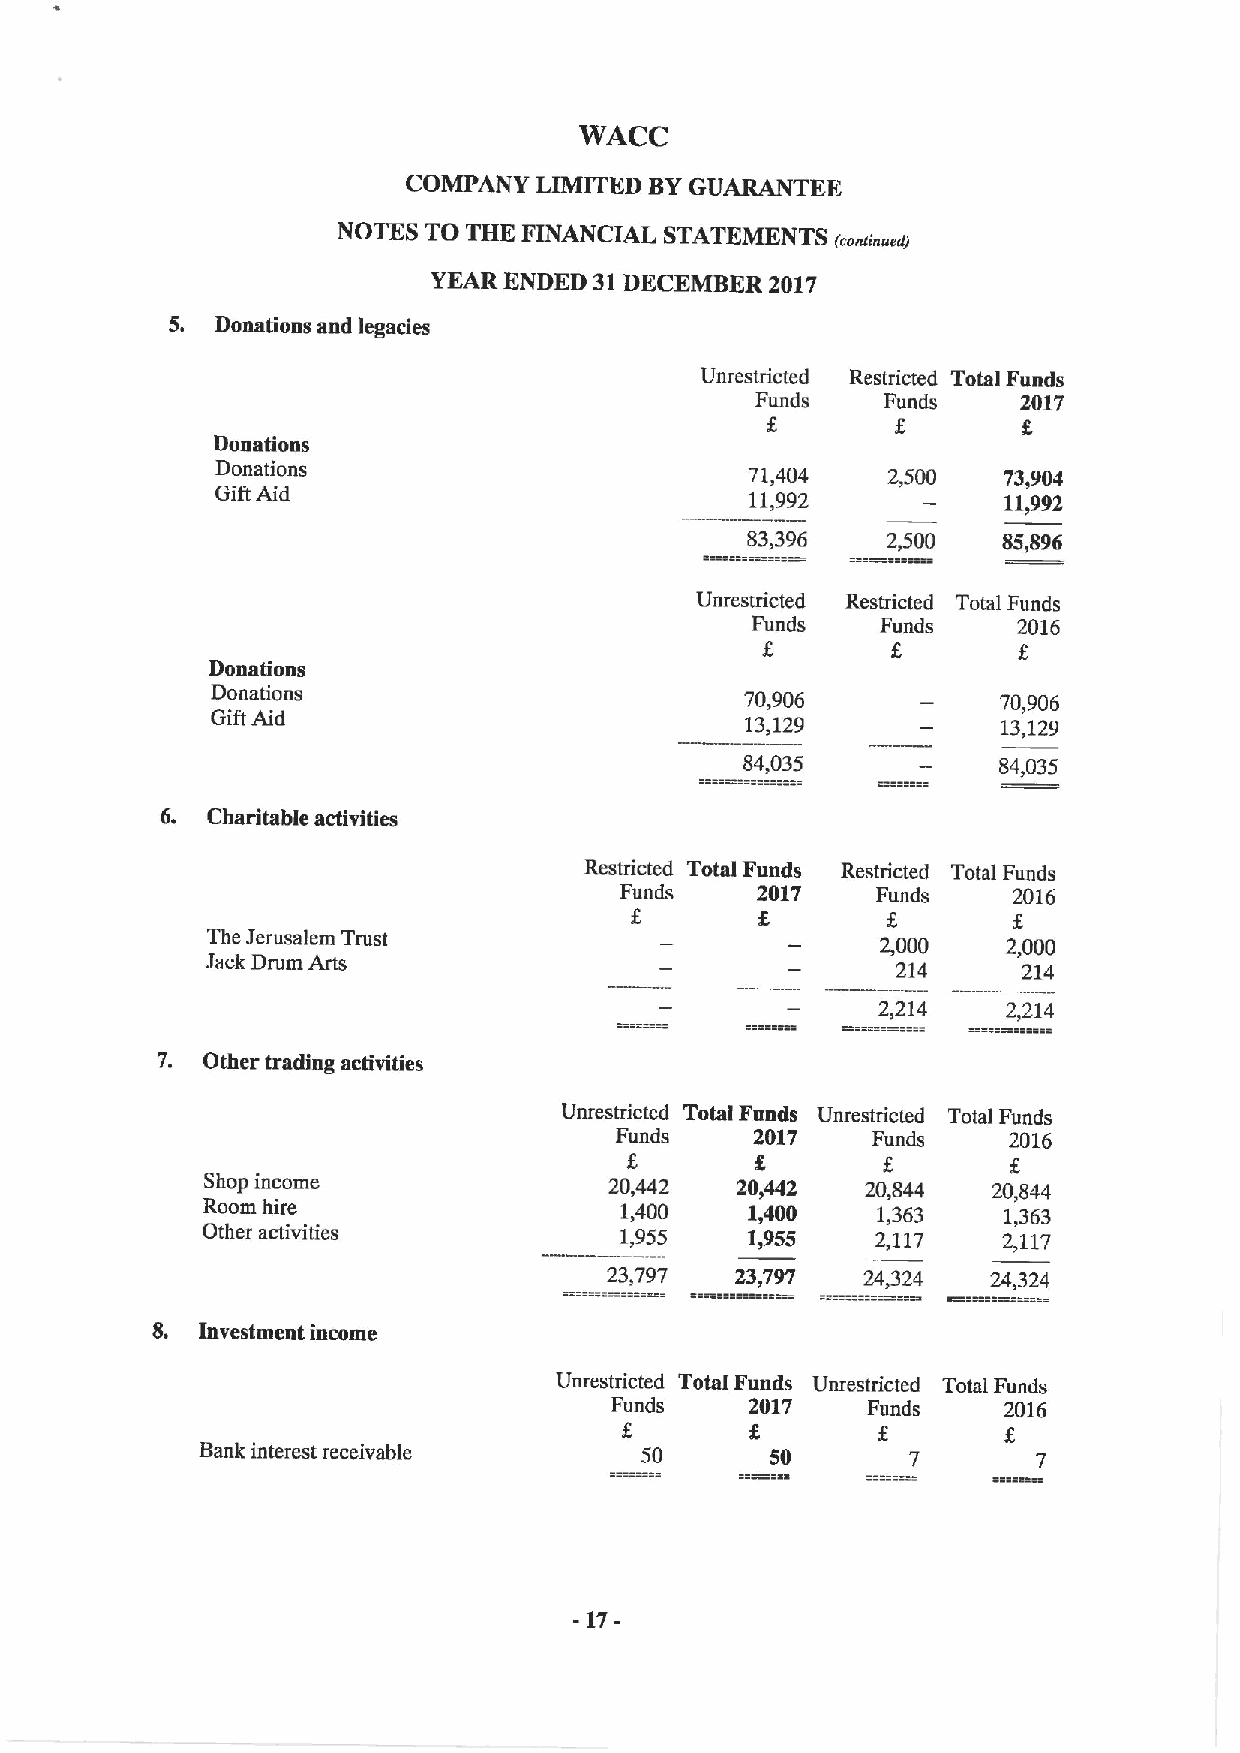
WACC
 COMPANY LIMITED BYGUARANTEE
 NOTES TO THE FINANCIAL STATEMENTS
 (ccnscucs)
 YEAR ENDED 31DECEMBER 2017
 5. Donations and legacies
 Unrestricted Restricted Total Funds
 Funds    Funds    2017
 Donations
 Donations                           71,404   2,500  73,904
 Gift Aid                            11,992          11,992
 83,396    2,500  85,896
 Unrestricted Restricted Total Funds
 Funds   Funds    2016
 Donations
 Donations                          70,906           70,906
 Gift Aid                           13,129           13,129
 84,035           84,035
 6. Charitable activities
 Restricted Total Funds Restricted Total Funds
 Funds    2017    Funds    2016
 The Jerusalem Trust                         2,000    2,000
 Jack Drum Arts                               214      214
 2,214    2,214
 7. Other trading activities
 Unrestricted Total Funds Unrestricted Total Funds
 Funds    2017    Funds    2016
 Shop income               20,442   20,442  20,844   20,844
 Room hire                   1,400    1,400   1,363   1,363
 Other activities            1,955    1,955   2,117   2,117
 23,797   23,797  24,324   24,324
 8. Investment income
 Unrestricted Total Funds Unrestricted Total Funds
 Funds     2017   Funds    2016
 Bank interest receivable     50       50       7        7
 -17-